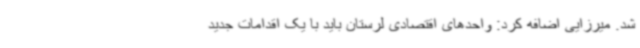
شد. میرزایی اضافه کرد: واحدهای اقتصادی لرستان باید با یک اقدامات جدید